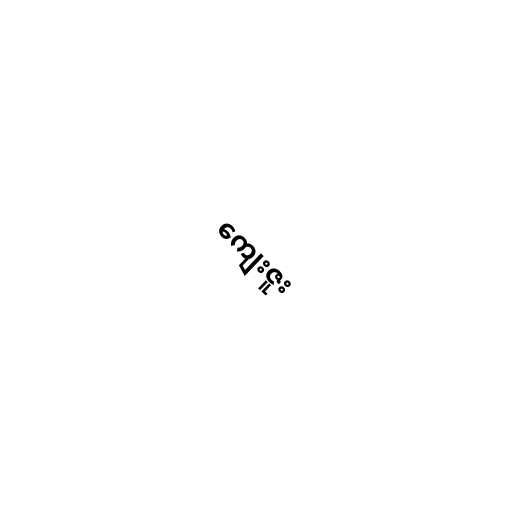
ကျေးဇူး